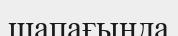
шапағында